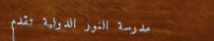
مدرسة النور الدولية تقدم